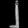
Digit: ၂